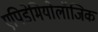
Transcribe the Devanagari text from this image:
एपिडेमियोलॉजिक